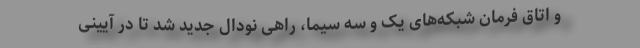
و اتاق فرمان شبکه‌های یک و سه سیما، راهی نودال جدید شد تا در آیینی